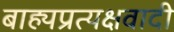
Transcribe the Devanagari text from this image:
बाह्यप्रत्यक्षवादी